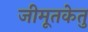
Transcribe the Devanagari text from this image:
जीमूतकेतु